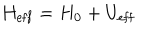
LaTeX: H _ { \mathrm { e f f } } = H _ { 0 } + U _ { \mathrm { e f f } }